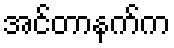
အင်တာနက်က